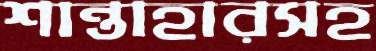
শান্তাহারসহ